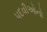
પદવીઓનો